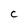
Character: C